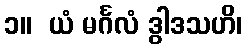
၁။  ယံ မင်္ဂလံ ဒွါဒသဟိ၊